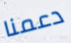
دعمنا